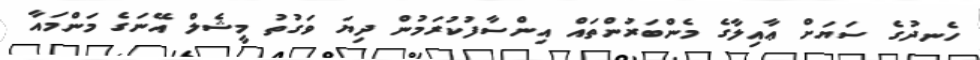
ހެނދުގެ ސަޔަށް ޢާއިލާގެ މެންބަރުންތައް އިންސާފުކުރަމުން ދިޔަ ވަގުތު މީޝެލް އޭނަގެ މަންމައާ